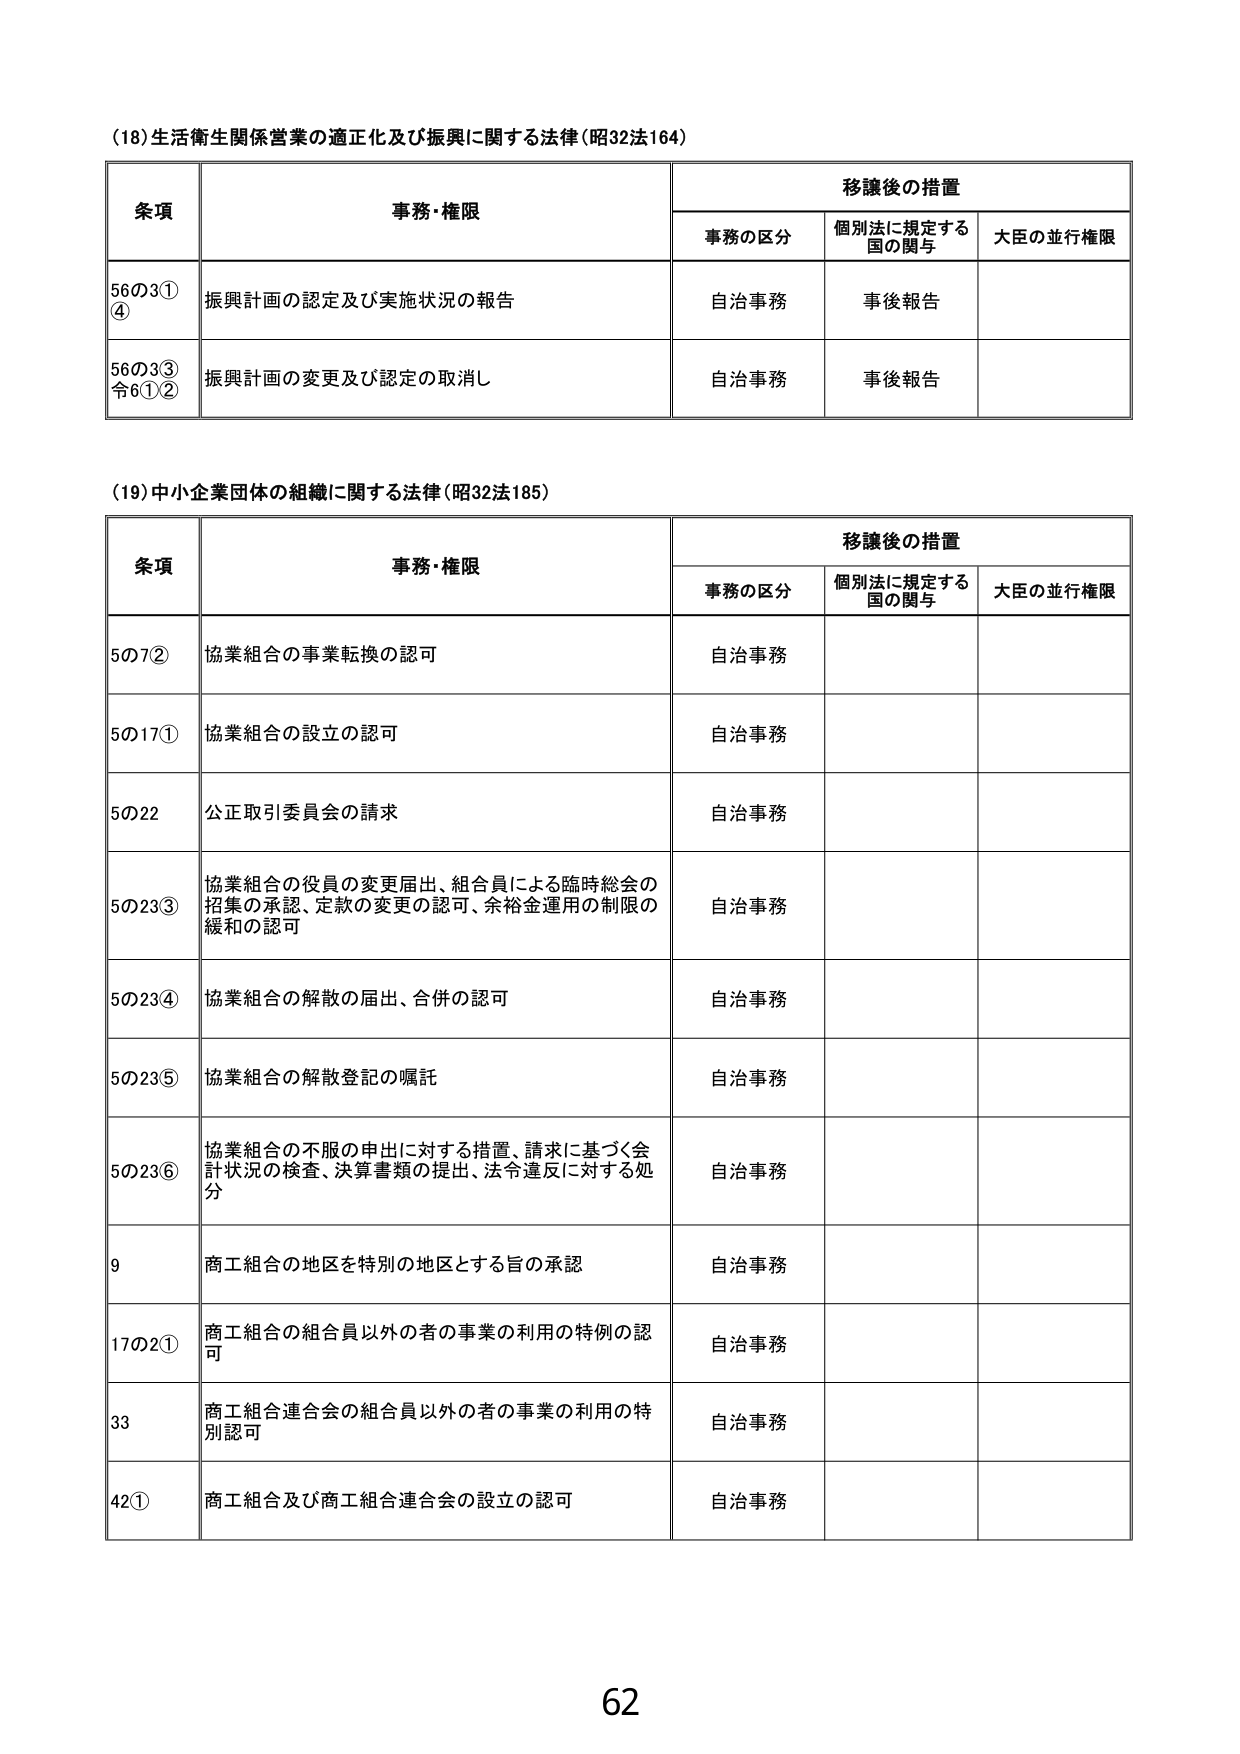
(18)生活衛生関係営業の適正化及び振興に関する法律（昭32法164）

条項 事務・権限 移譲後の措置
　　事務の区分 個別法に規定する国の関与 大臣の並行権限
56の3①④ 振興計画の認定及び実施状況の報告 自治事務 事後報告
56の3③令6①② 振興計画の変更及び認定の取消し 自治事務 事後報告

(19)中小企業団体の組織に関する法律（昭32法185）

条項 事務・権限 移譲後の措置
　　事務の区分 個別法に規定する国の関与 大臣の並行権限
5の7② 協業組合の事業転換の認可 自治事務
5の17① 協業組合の設立の認可 自治事務
5の22 公正取引委員会の請求 自治事務
5の23③ 協業組合の役員の変更届出、組合員による臨時総会の招集の承認、定款の変更の認可、余裕金運用の制限の緩和の認可 自治事務
5の23④ 協業組合の解散の届出、合併の認可 自治事務
5の23⑤ 協業組合の解散登記の嘱託 自治事務
5の23⑥ 協業組合の不服の申出に対する措置、請求に基づく会計状況の検査、決算書類の提出、法令違反に対する処分 自治事務
9 商工組合の地区を特別の地区とする旨の承認 自治事務
17の2① 商工組合の組合員以外の者の事業の利用の特例の認可 自治事務
33 商工組合連合会の組合員以外の者の事業の利用の特別認可 自治事務
42① 商工組合及び商工組合連合会の設立の認可 自治事務

62